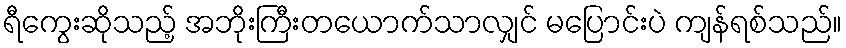
ရီကွေးဆိုသည့် အဘိုးကြီးတယောက်သာလျှင် မပြောင်းပဲ ကျန်ရစ်သည်။